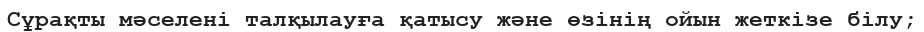
Сұрақты мәселені талқылауға қатысу және өзінің ойын жеткізе білу;